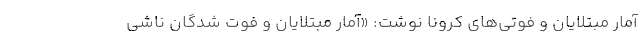
آمار مبتلایان و فوتی‌های کرونا نوشت: «آمار مبتلایان و فوت شدگان ناشی